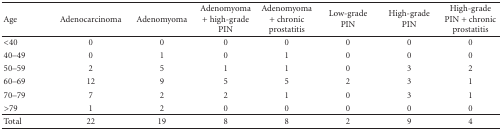
<table><thead><tr><td><b>Age</b></td><td><b>Adenocarcinoma</b></td><td><b>Adenomyoma</b></td><td><b>Adenomyoma + high-grade PIN</b></td><td><b>Adenomyoma + chronic prostatitis</b></td><td><b>Low-grade PIN</b></td><td><b>High-grade PIN</b></td><td><b>High-grade PIN + chronic prostatitis</b></td></tr></thead><tbody><tr><td>&lt;40</td><td>0</td><td>0</td><td>0</td><td>0</td><td>0</td><td>0</td><td>0</td></tr><tr><td>40–49</td><td>0</td><td>1</td><td>0</td><td>1</td><td>0</td><td>0</td><td>0</td></tr><tr><td>50–59</td><td>2</td><td>5</td><td>1</td><td>1</td><td>0</td><td>3</td><td>2</td></tr><tr><td>60–69</td><td>12</td><td>9</td><td>5</td><td>5</td><td>2</td><td>3</td><td>1</td></tr><tr><td>70–79</td><td>7</td><td>2</td><td>2</td><td>1</td><td>0</td><td>3</td><td>1</td></tr><tr><td>&gt;79</td><td>1</td><td>2</td><td>0</td><td>0</td><td>0</td><td>0</td><td>0</td></tr><tr><td>Total</td><td>22</td><td>19</td><td>8</td><td>8</td><td>2</td><td>9</td><td>4</td></tr></tbody></table>